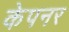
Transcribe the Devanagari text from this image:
केपनर